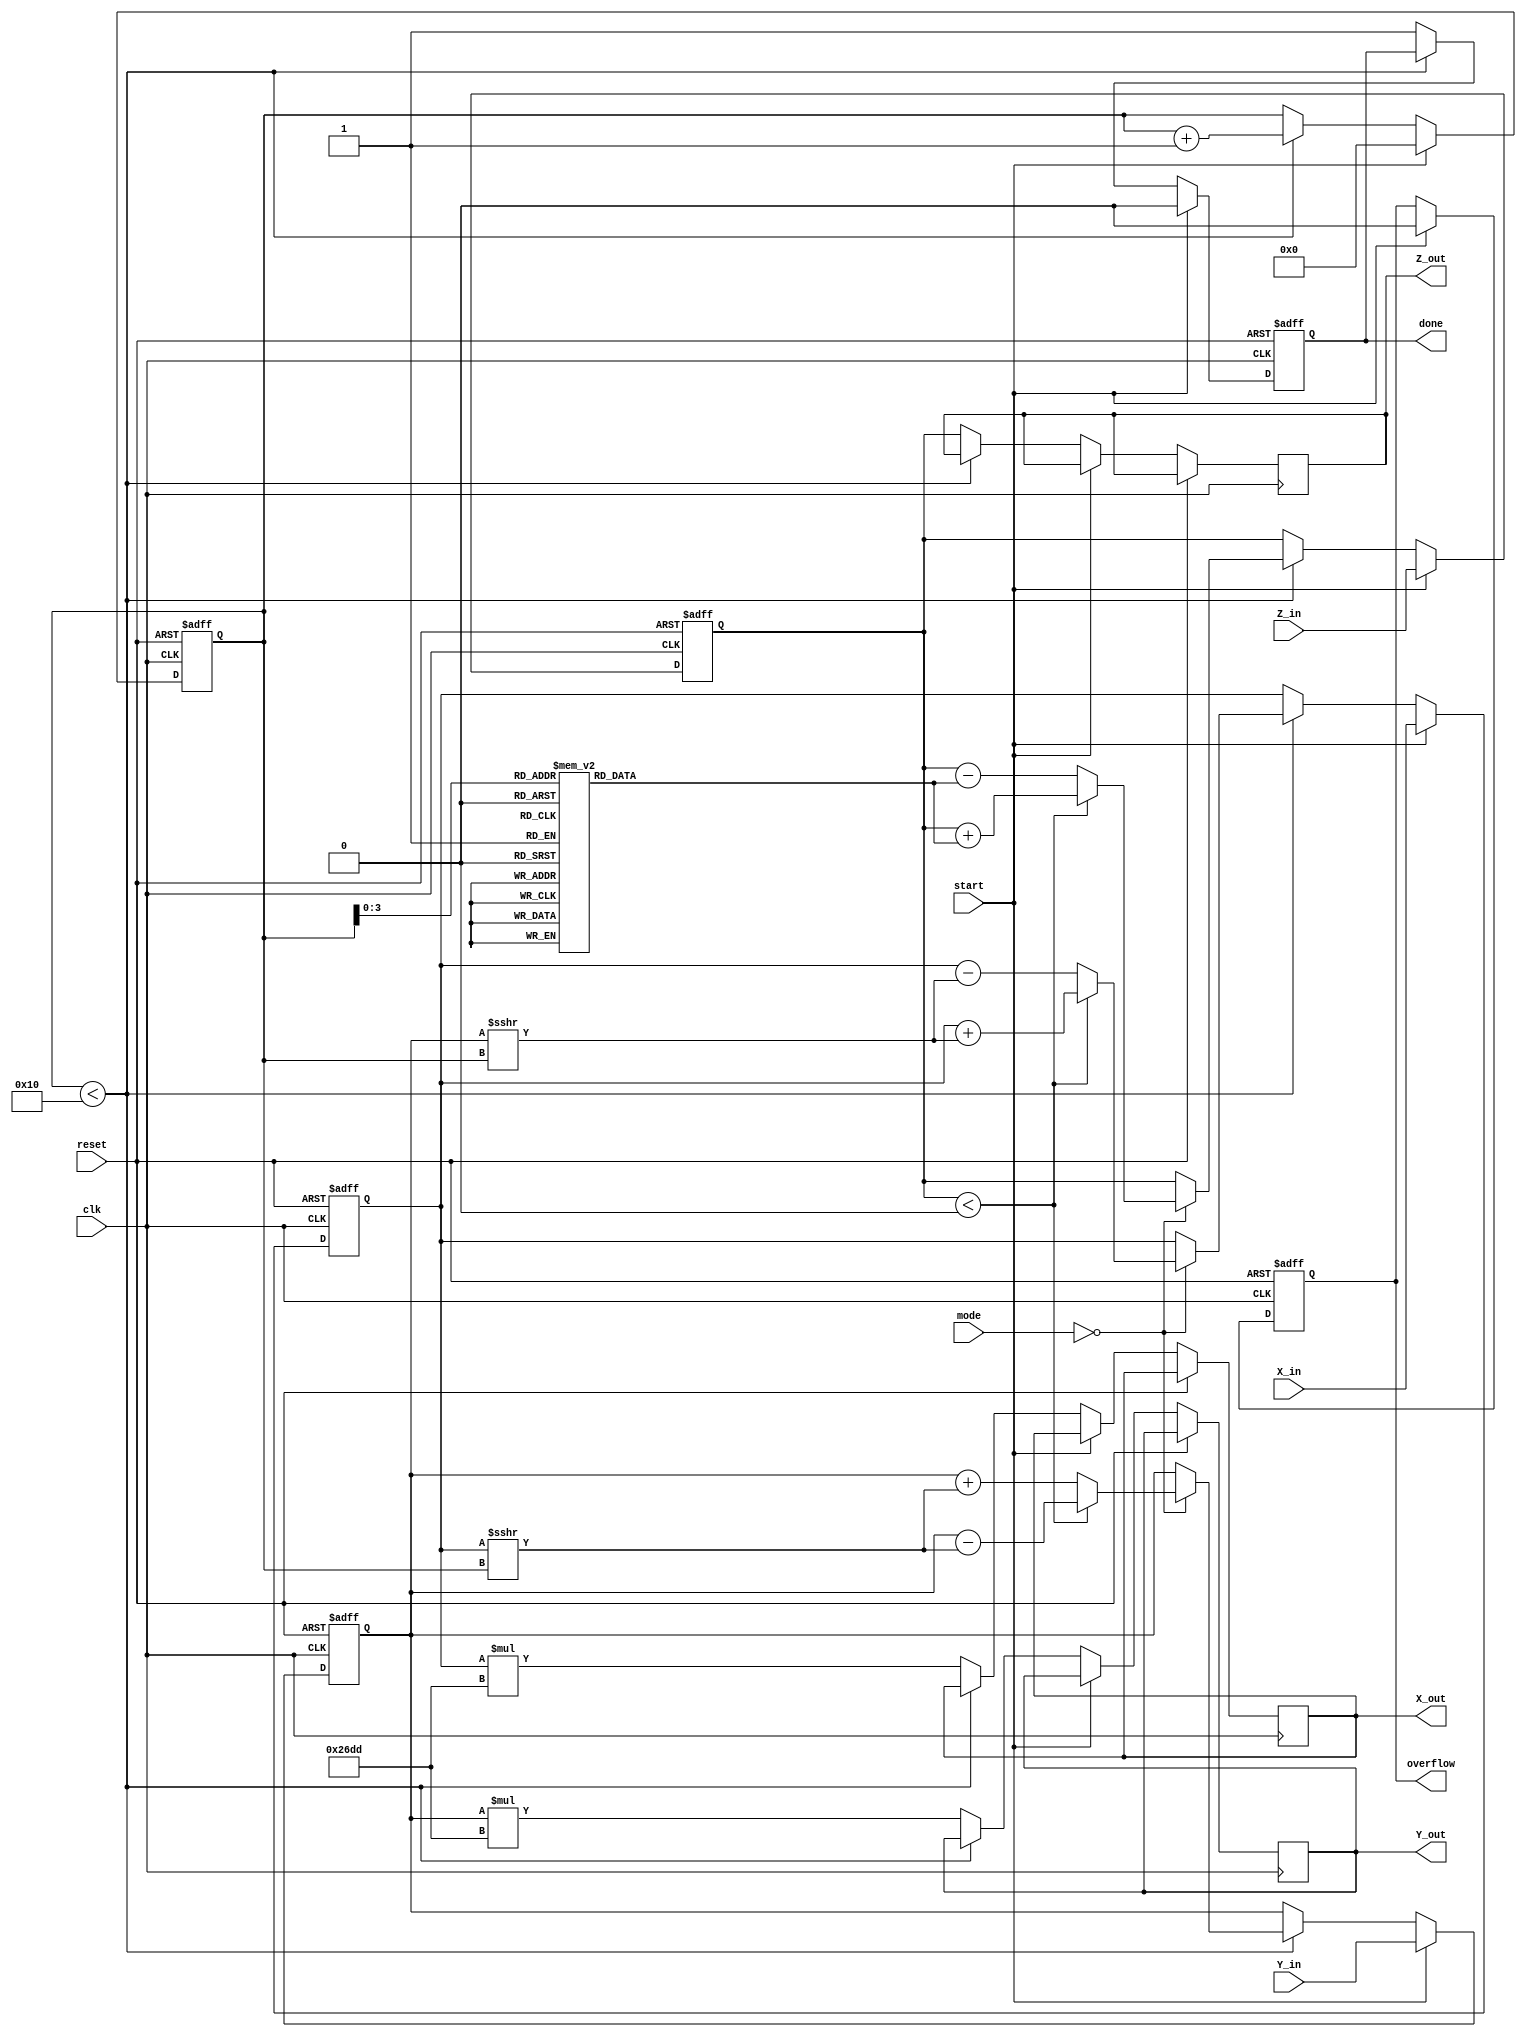
module cordic_fixed_point #(
    parameter WIDTH = 16,          // Bit-width for fixed-point representation
    parameter ITERATIONS = 16      // Number of iterations for CORDIC
)(
    input wire clk,
    input wire reset,
    input wire start,
    input wire [WIDTH-1:0] X_in,   // Input X coordinate
    input wire [WIDTH-1:0] Y_in,   // Input Y coordinate
    input wire [WIDTH-1:0] Z_in,   // Input angle in fixed-point
    input wire [1:0] mode,         // Operation mode: 00 - Rotation, 01 - Vectoring, 10 - Hyperbolic
    output reg [WIDTH-1:0] X_out,  // Output X coordinate
    output reg [WIDTH-1:0] Y_out,  // Output Y coordinate
    output reg [WIDTH-1:0] Z_out,  // Output angle in fixed-point
    output reg done,               // Operation done flag
    output reg overflow            // Overflow flag
);

    // Internal registers
    reg [WIDTH-1:0] X_reg, Y_reg, Z_reg;
    reg [4:0] iteration; // 5 bits to count up to ITERATIONS
    reg [WIDTH-1:0] atan_table [0:ITERATIONS-1]; // Lookup table for arctangent values
    reg [WIDTH-1:0] K; // Scaling factor

    // Initialize the arctangent table and scaling factor
    initial begin
        // Populate atan_table with precomputed values (example values)
        atan_table[0] = 16'h2000; // atan(2^-0)
        atan_table[1] = 16'h1000; // atan(2^-1)
        atan_table[2] = 16'h0800; // atan(2^-2)
        // Continue filling in the table...
        
        // Scaling factor (example value)
        K = 16'h26DD; // Example scaling factor
    end

    // State machine for CORDIC operation
    always @(posedge clk or posedge reset) begin
        if (reset) begin
            X_reg <= 0;
            Y_reg <= 0;
            Z_reg <= 0;
            iteration <= 0;
            done <= 0;
            overflow <= 0;
        end else if (start) begin
            // Initialize registers
            X_reg <= X_in;
            Y_reg <= Y_in;
            Z_reg <= Z_in;
            iteration <= 0;
            done <= 0;
            overflow <= 0;
        end else if (iteration < ITERATIONS) begin
            // CORDIC iterations
            case (mode)
                2'b00: begin // Rotation Mode
                    if (Z_reg < 0) begin
                        X_reg <= X_reg + (Y_reg >>> iteration);
                        Y_reg <= Y_reg - (X_reg >>> iteration);
                        Z_reg <= Z_reg + atan_table[iteration];
                    end else begin
                        X_reg <= X_reg - (Y_reg >>> iteration);
                        Y_reg <= Y_reg + (X_reg >>> iteration);
                        Z_reg <= Z_reg - atan_table[iteration];
                    end
                end
                2'b01: begin // Vectoring Mode
                    // Implement vectoring logic here
                end
                2'b10: begin // Hyperbolic Mode
                    // Implement hyperbolic logic here
                end
            endcase
            iteration <= iteration + 1;
        end else begin
            // Finalize output
            X_out <= X_reg * K; // Apply scaling
            Y_out <= Y_reg * K; // Apply scaling
            Z_out <= Z_reg;      // Output angle
            done <= 1;
        end
    end

endmodule